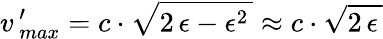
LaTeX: v\, _{max}^{\prime}=c\cdot\sqrt{2\, \epsilon-\epsilon^{2}\, }\approx c\cdot\sqrt{2\, \epsilon\, }